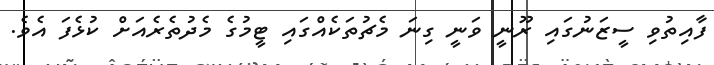
ފާއިތުވި ސީޒަނުގައި ރޫނީ ވަނީ ގިނަ މެޗުތަކެއްގައި ޓީމުގެ މެދުތެރެއަށް ކުޅެފަ އެވެ.